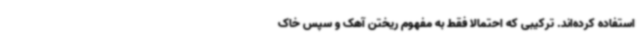
استفاده کرده‌اند. ترکیبی که احتمالا فقط به مفهوم ریختن آهک و سپس خاک